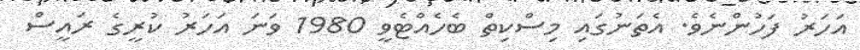
އަހަރު ފަހުންނެވެ. އެތަނުގައި މިސްކިތް ބެހެއްޓެވީ 1980 ވަނަ އަހަރު ކުރީގެ ރައީސް